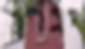
יגרך